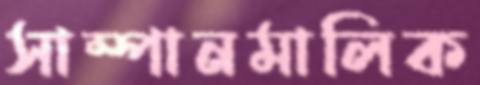
সাম্পানমালিক